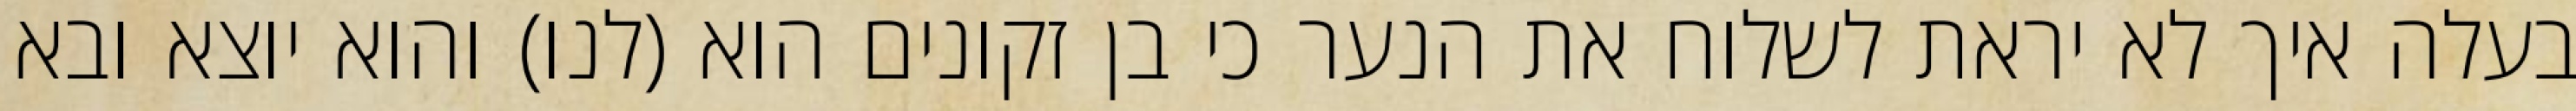
בעלה איך לא יראת לשלוח את הנער כי בן זקונים הוא (לנו) והוא יוצא ובא